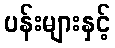
ပန်းများနှင့်